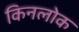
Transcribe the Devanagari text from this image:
किनलोक